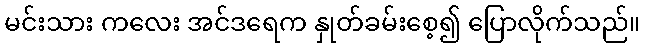
မင်းသား ကလေး အင်ဒရေက နှုတ်ခမ်းစေ့၍ ပြောလိုက်သည်။